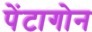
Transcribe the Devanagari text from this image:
पेंटागोन